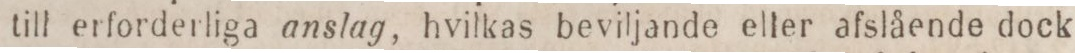
till erforderliga anslag, hvilkas beviljande eller afslående dock